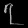
Digit: ၇